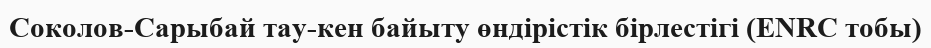
Соколов-Сарыбай тау-кен байыту өндірістік бірлестігі (ENRC тобы)